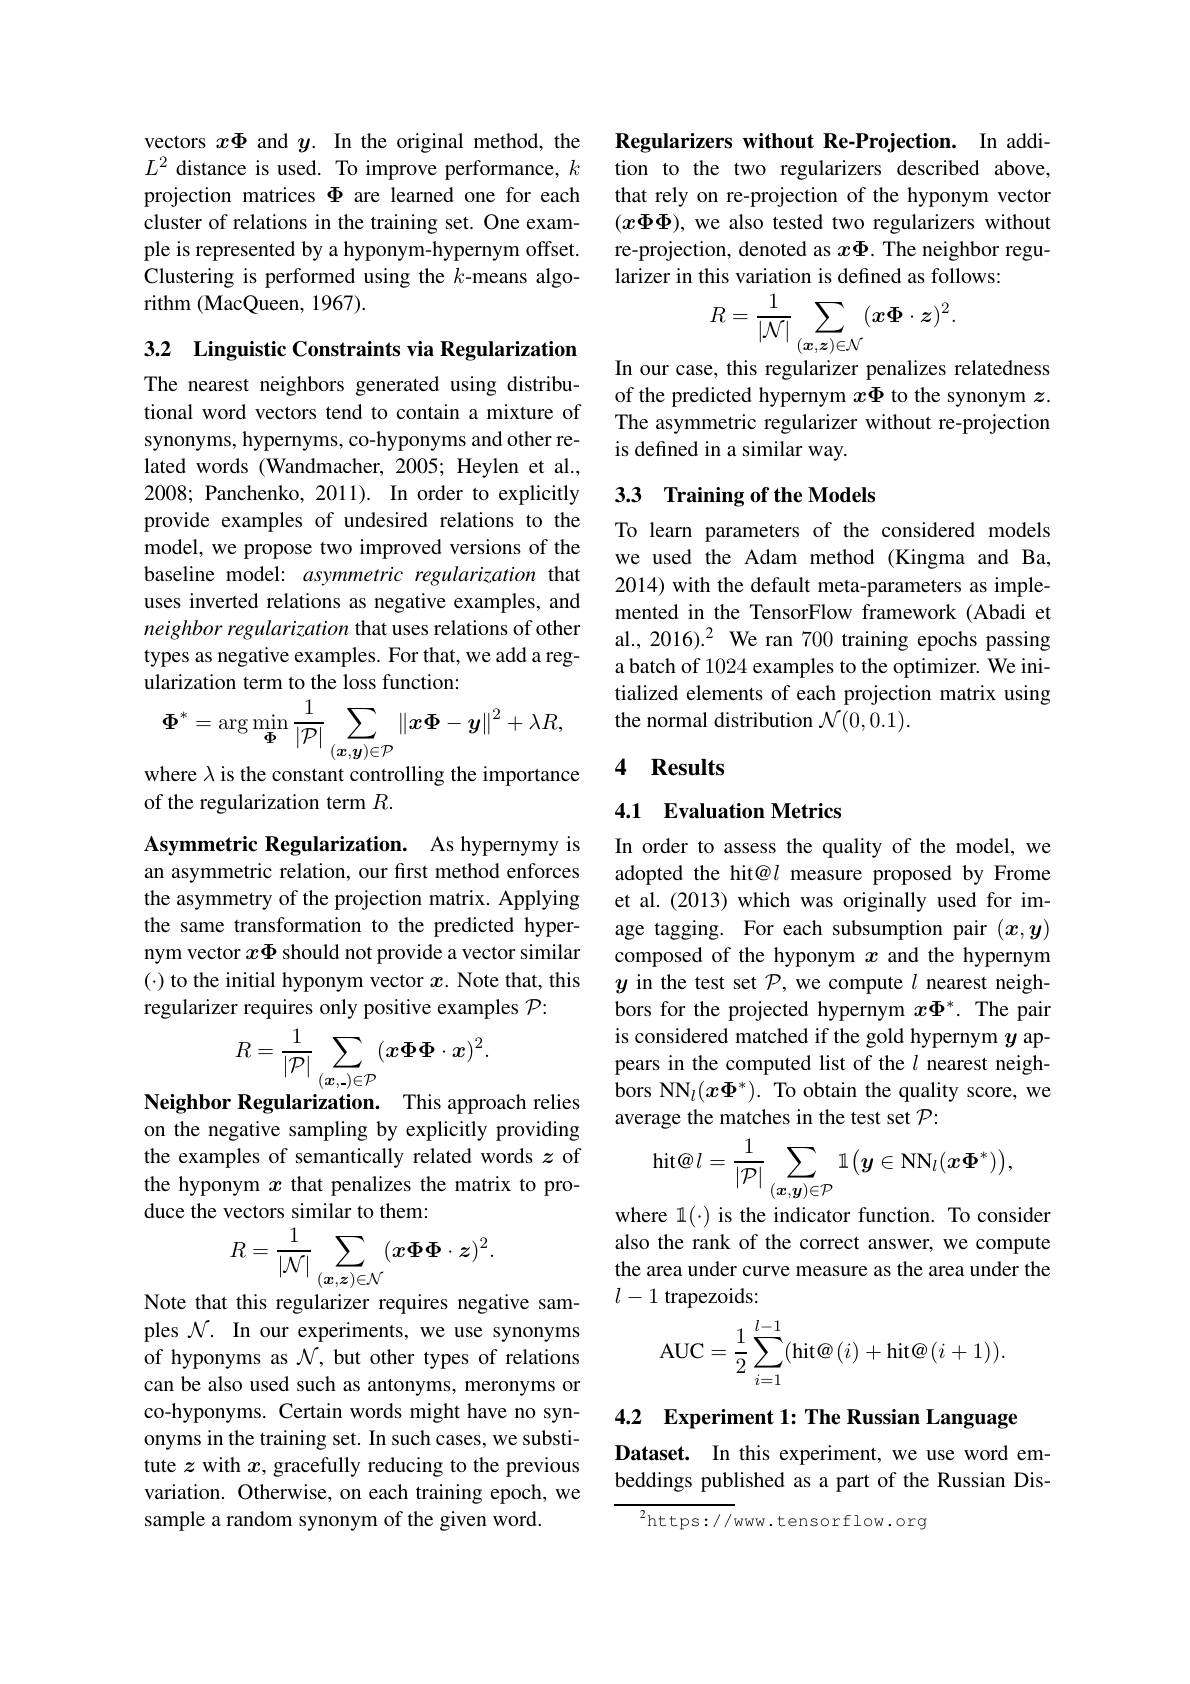
vectors $x\Phi$ and $y.$ In the original method, the $L^2$ distance is used. To improve performance, $k$ projection matrices $\Phi$ are learned one for each cluster of relations in the training set. One example is represented by a hyponym-hypernym offset. Clustering is performed using the $k$-means algorithm (MacQueen, 1967).

3.2 Linguistic Constraints via Regularization

The nearest neighbors generated using distributional word vectors tend to contain a mixture of synonyms, hypernyms, co-hyponyms and other related words (Wandmacher, 2005; Heylen et al., 2008; Panchenko, 2011). In order to explicitly provide examples of undesired relations to the model, we propose two improved versions of the baseline model: asymmetric regularization that uses inverted relations as negative examples, and neighbor regularization that uses relations of other types as negative examples. For that, we add a regularization term to the loss function:
$$\boldsymbol{\Phi}^{*}=\arg\min_{\boldsymbol{\Phi}}\frac{1}{|\mathcal{P}|}\sum_{(\boldsymbol{x},\boldsymbol{y})\in\mathcal{P}}\|\boldsymbol{x}\boldsymbol{\Phi}-\boldsymbol{y}\|^{2}+\lambda R,$$
where $\lambda$ is the constant controlling the importance

of the regularization term $R.$

Asymmetric Regularization. As hypernymy is an asymmetric relation, our first method enforces the asymmetry of the projection matrix. Applying the same transformation to the predicted hypernym vector $x\Phi$ should not provide a vector similar $(\cdot) to the initial hyponym vector $x. Note that, this$ regularizer requires only positive examples $\mathcal{P}:$
$$R=\frac{1}{|\mathcal{P}|}\sum_{(\boldsymbol{x},.)\in\mathcal{P}}(\boldsymbol{x}\boldsymbol{\Phi}\boldsymbol{\Phi}\cdot\boldsymbol{x})^{2}.$$
Neighbor Regularization. This approach relies on the negative sampling by explicitly providing the examples of semantically related words $z$ of the hyponym $x$ that penalizes the matrix to produce the vectors similar to them:
$$R=\frac{1}{|\mathcal{N}|}\sum_{(\boldsymbol{x},\boldsymbol{z})\in\mathcal{N}}(\boldsymbol{x}\boldsymbol{\Phi}\boldsymbol{\Phi}\cdot\boldsymbol{z})^{2}.$$
Note that this regularizer requires negative sam-

ples $\mathcal{N}.$ In our experiments, we use synonyms of hyponyms as $\mathcal{N}$, but other types of relations can be also used such as antonyms, meronyms or co-hyponyms. Certain words might have no synonyms in the training set. In such cases, we substitute $z$ with $x$, gracefully reducing to the previous variation. Otherwise, on each training epoch, we sample a random synonym of the given word.

Regularizers without Re-Projection. In addition to the two regularizers described above, that rely on re-projection of the hyponym vector $(x\Phi\Phi)$, we also tested two regularizers without re-projection, denoted as $x\Phi$. The neighbor regularizer in this variation is defined as follows:
$$R=\frac{1}{|\mathcal{N}|}\sum_{(\boldsymbol{x},\boldsymbol{z})\in\mathcal{N}}(\boldsymbol{x}\boldsymbol{\Phi}\cdot\boldsymbol{z})^{2}.$$
In our case, this regularizer penalizes relatedness of the predicted hypernym $x\Phi$ to the synonym $z.$ The asymmetric regularizer without re-projection is defined in a similar way.

## 3.3 Training of the Models

To learn parameters of the considered models we used the Adam method (Kingma and Ba, 2014) with the default meta-parameters as implemented in the TensorFlow framework (Abadi et al., 2016).2 We ran 700 training epochs passing a batch of 1024 examples to the optimizer. We initialized elements of each projection matrix using the normal distribution $\mathcal{N}(0,0.1).$

## 4 Results

## 4.1 Evaluation Metrics

In order to assess the quality of the model, we adopted the hit@l measure proposed by Frome et al.(2013) which was originally used for image tagging. For each subsumption pair $(x,y)$ composed of the hyponym $x$ and the hypernym $y$ in the test set $\mathcal{P}$, we compute $l$ nearest neighbors for the projected hypernym $x\Phi^*.$ The pair is considered matched if the gold hypernym $y$ appears in the computed list of the $l$ nearest neighbors NN$_l(x\boldsymbol{\Phi}^*).$ To obtain the quality score, we average the matches in the test set $\mathcal{P}:$
$$\mathrm{hit}@l=\frac{1}{|\mathcal{P}|}\sum_{(\boldsymbol{x},\boldsymbol{y})\in\mathcal{P}}\mathbb{1}\big(\boldsymbol{y}\in\mathrm{NN}_{l}(\boldsymbol{x}\boldsymbol{\Phi}^{*})\big),$$
where 1(-) is the indicator function. To consider

also the rank of the correct answer, we compute the area under curve measure as the area under the $l-1$ trapezoids:
$$\text{AUC}=\dfrac{1}{2}\sum\limits_{i=1}^{l-1}(\text{hit@}(i)+\text{hit@}(i+1)).$$
4.2 Experiment 1: The Russian Language

Dataset. In this experiment, we use word embeddings published as a part of the Russian Dis-

$^{2}$https://www.tensorflow.org